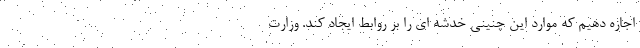
اجازه دهیم که موارد این چنینی خدشه ای را بر روابط ایجاد کند. وزارت